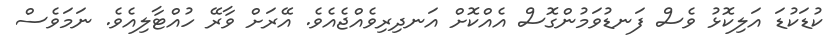
ކުޑަކުޑަ އަލިކޮޅު ވެސް ފަނޑުވަމުންގޮސް އެއްކޮށް އަނދިރިވެއްޖެއެވެ. އޭރަށް ވާރޭ ހުއްޓާލިއެވެ. ނަމަވެސް